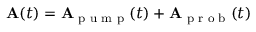
\mathbf { A } ( t ) = \mathbf { A } _ { \textrm { p u m p } } ( t ) + \mathbf { A } _ { \textrm { p r o b } } ( t )